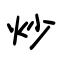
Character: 炒